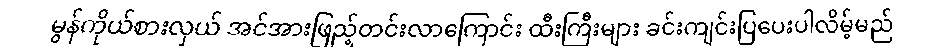
မွန်ကိုယ်စားလှယ် အင်အားဖြည့်တင်းလာကြောင်း ထီးကြီးများ ခင်းကျင်းပြပေးပါလိမ့်မည်